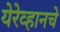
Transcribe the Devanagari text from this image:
येरेव्हानचे